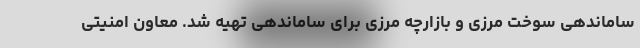
ساماندهی سوخت مرزی و بازارچه مرزی برای ساماندهی تهیه شد. معاون امنیتی